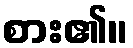
စား၏။